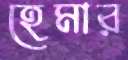
হেমার